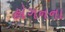
હોગનના